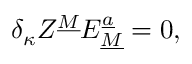
\delta _ { \kappa } Z ^ { \underline { { M } } } E _ { \underline { { M } } } ^ { \underline { { a } } } = 0 ,